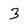
Character: 3